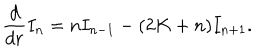
LaTeX: \frac { d } { d r } I _ { n } = n I _ { n - 1 } - ( 2 K + n ) I _ { n + 1 } .